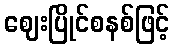
ဈေးပြိုင်စနစ်ဖြင့်